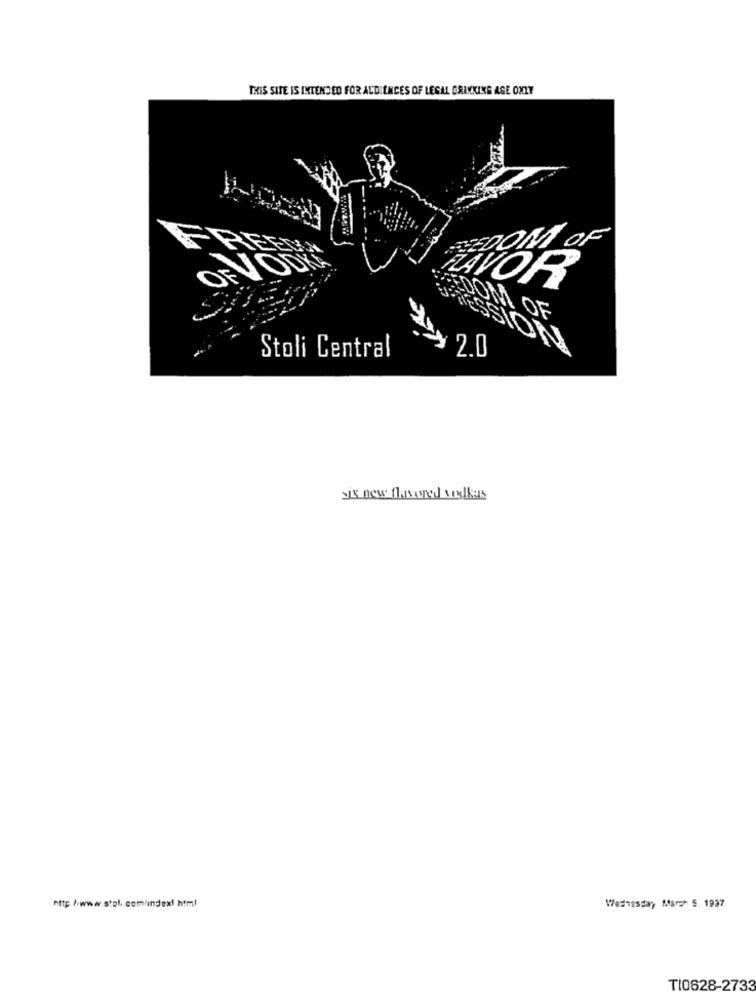
THIS SITE IS INTENDED FOR AUDIENCES OF LEGAL DRINKING AGE ONLY
OF
OFVODÍ
ZAVOR
DOM OF
Stoli Central
six new flavored vodkas
http //www.stol .. com/index! html
Wednesday Marsh 5. 1937
T10628-2733